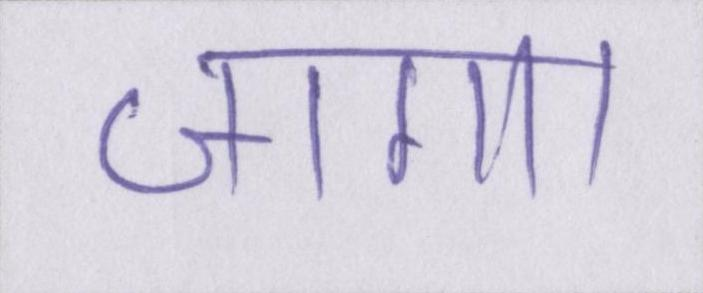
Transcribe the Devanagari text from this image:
जागा।